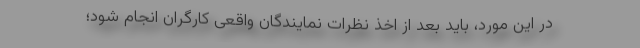
در این مورد، باید بعد از اخذ نظرات نمایندگان واقعی کارگران انجام شود؛